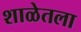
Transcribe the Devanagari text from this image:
शाळेतला